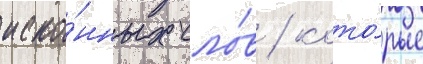
иско́нных сло́в / кото́рые